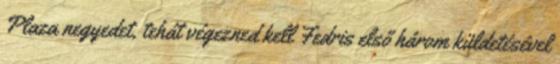
Plaza negyedet, tehát végezned kell Fedris első három küldetésével